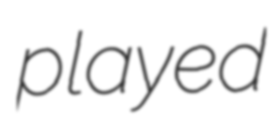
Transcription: played